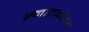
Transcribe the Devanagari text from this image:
स्‍नातकोतर